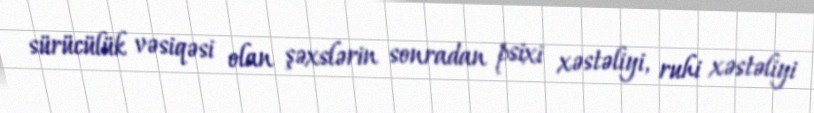
sürücülük vəsiqəsi olan şəxslərin sonradan psixi xəstəliyi, ruhi xəstəliyi